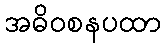
အဓိဝစနပထာ